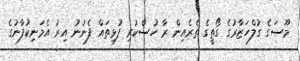
މޫސަގެ ގުލްހަޒާރުގެ ގޯތީގެ ތެރެއިން ރާ ހުސްކުރި ފުޅިތައް ފެނުނު އިރު އެމަނިކުފާނުގެ